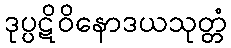
ဒုပ္ပဋိဝိနောဒယသုတ္တံ